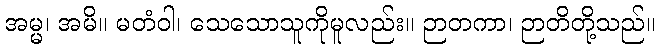
အမ္မ၊ အမိ။ မတံဝါ၊ သေသောသူကိုမူလည်း။ ဉာတကာ၊ ဉာတိတို့သည်။